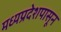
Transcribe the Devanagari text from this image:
मध्यप्रदेशपासून